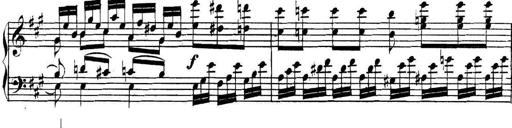
Title: Collected Piano Sonatas
Composer: Muzio Clementi